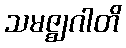
သမဇ္ဈဂါတိ